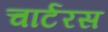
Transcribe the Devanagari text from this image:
चार्टरस